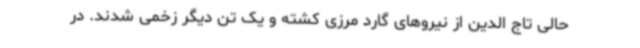
حالی تاج الدین از نیروهای گارد مرزی کشته و یک تن دیگر زخمی شدند. در